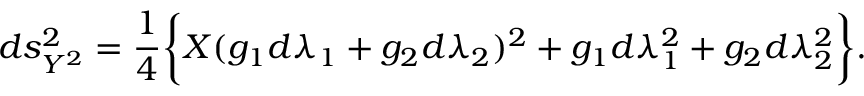
d s _ { { \cal Y } ^ { 2 } } ^ { 2 } = \frac { 1 } { 4 } \biggl \{ X ( g _ { 1 } d \lambda _ { 1 } + g _ { 2 } d \lambda _ { 2 } ) ^ { 2 } + g _ { 1 } d \lambda _ { 1 } ^ { 2 } + g _ { 2 } d \lambda _ { 2 } ^ { 2 } \biggr \} .